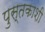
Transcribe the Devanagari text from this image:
पुस्तकाशी